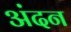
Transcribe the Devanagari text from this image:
अंदन